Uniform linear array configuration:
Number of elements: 12
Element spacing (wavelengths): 0.25
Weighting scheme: uniform
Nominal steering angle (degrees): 45
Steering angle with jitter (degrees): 45.802
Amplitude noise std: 0.05
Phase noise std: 0.05

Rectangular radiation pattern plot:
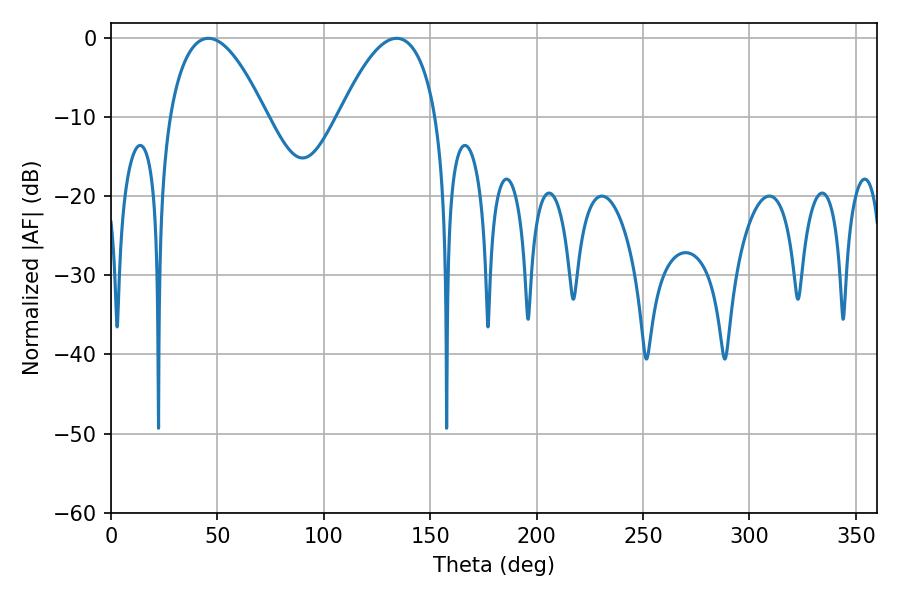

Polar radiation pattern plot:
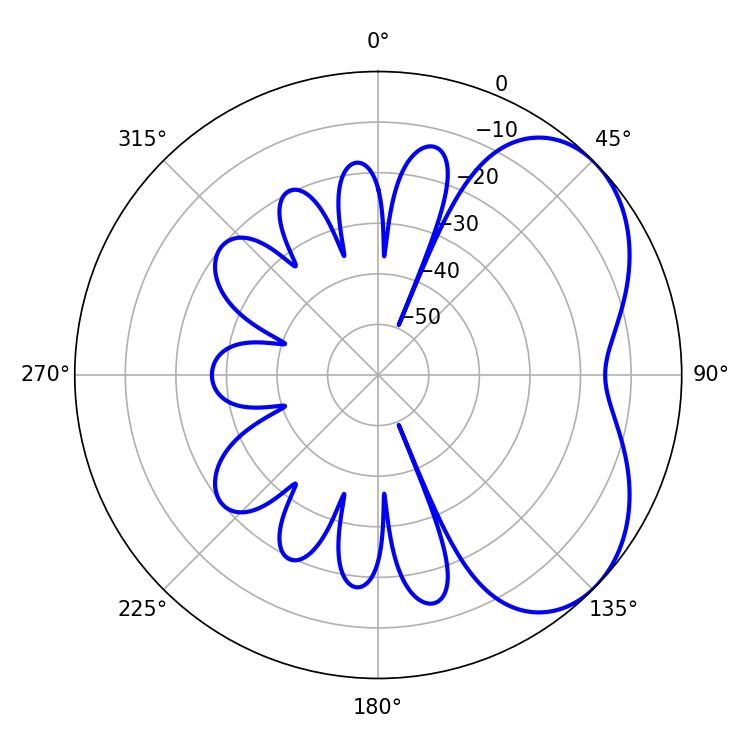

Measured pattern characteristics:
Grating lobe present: FALSE
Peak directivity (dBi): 4.557
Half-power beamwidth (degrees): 25.02
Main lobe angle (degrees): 45.72